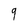
Character: 9